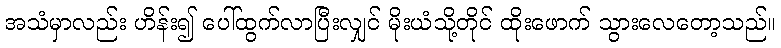
အသံမှာလည်း ဟိန်း၍ ပေါ်ထွက်လာပြီးလျှင် မိုးယံသို့တိုင် ထိုးဖောက် သွားလေတော့သည်။